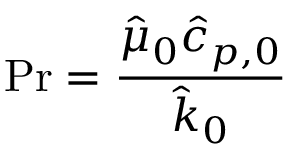
\mathrm { P r } = \frac { \hat { \mu } _ { 0 } \hat { c } _ { p , 0 } } { \hat { k } _ { 0 } }